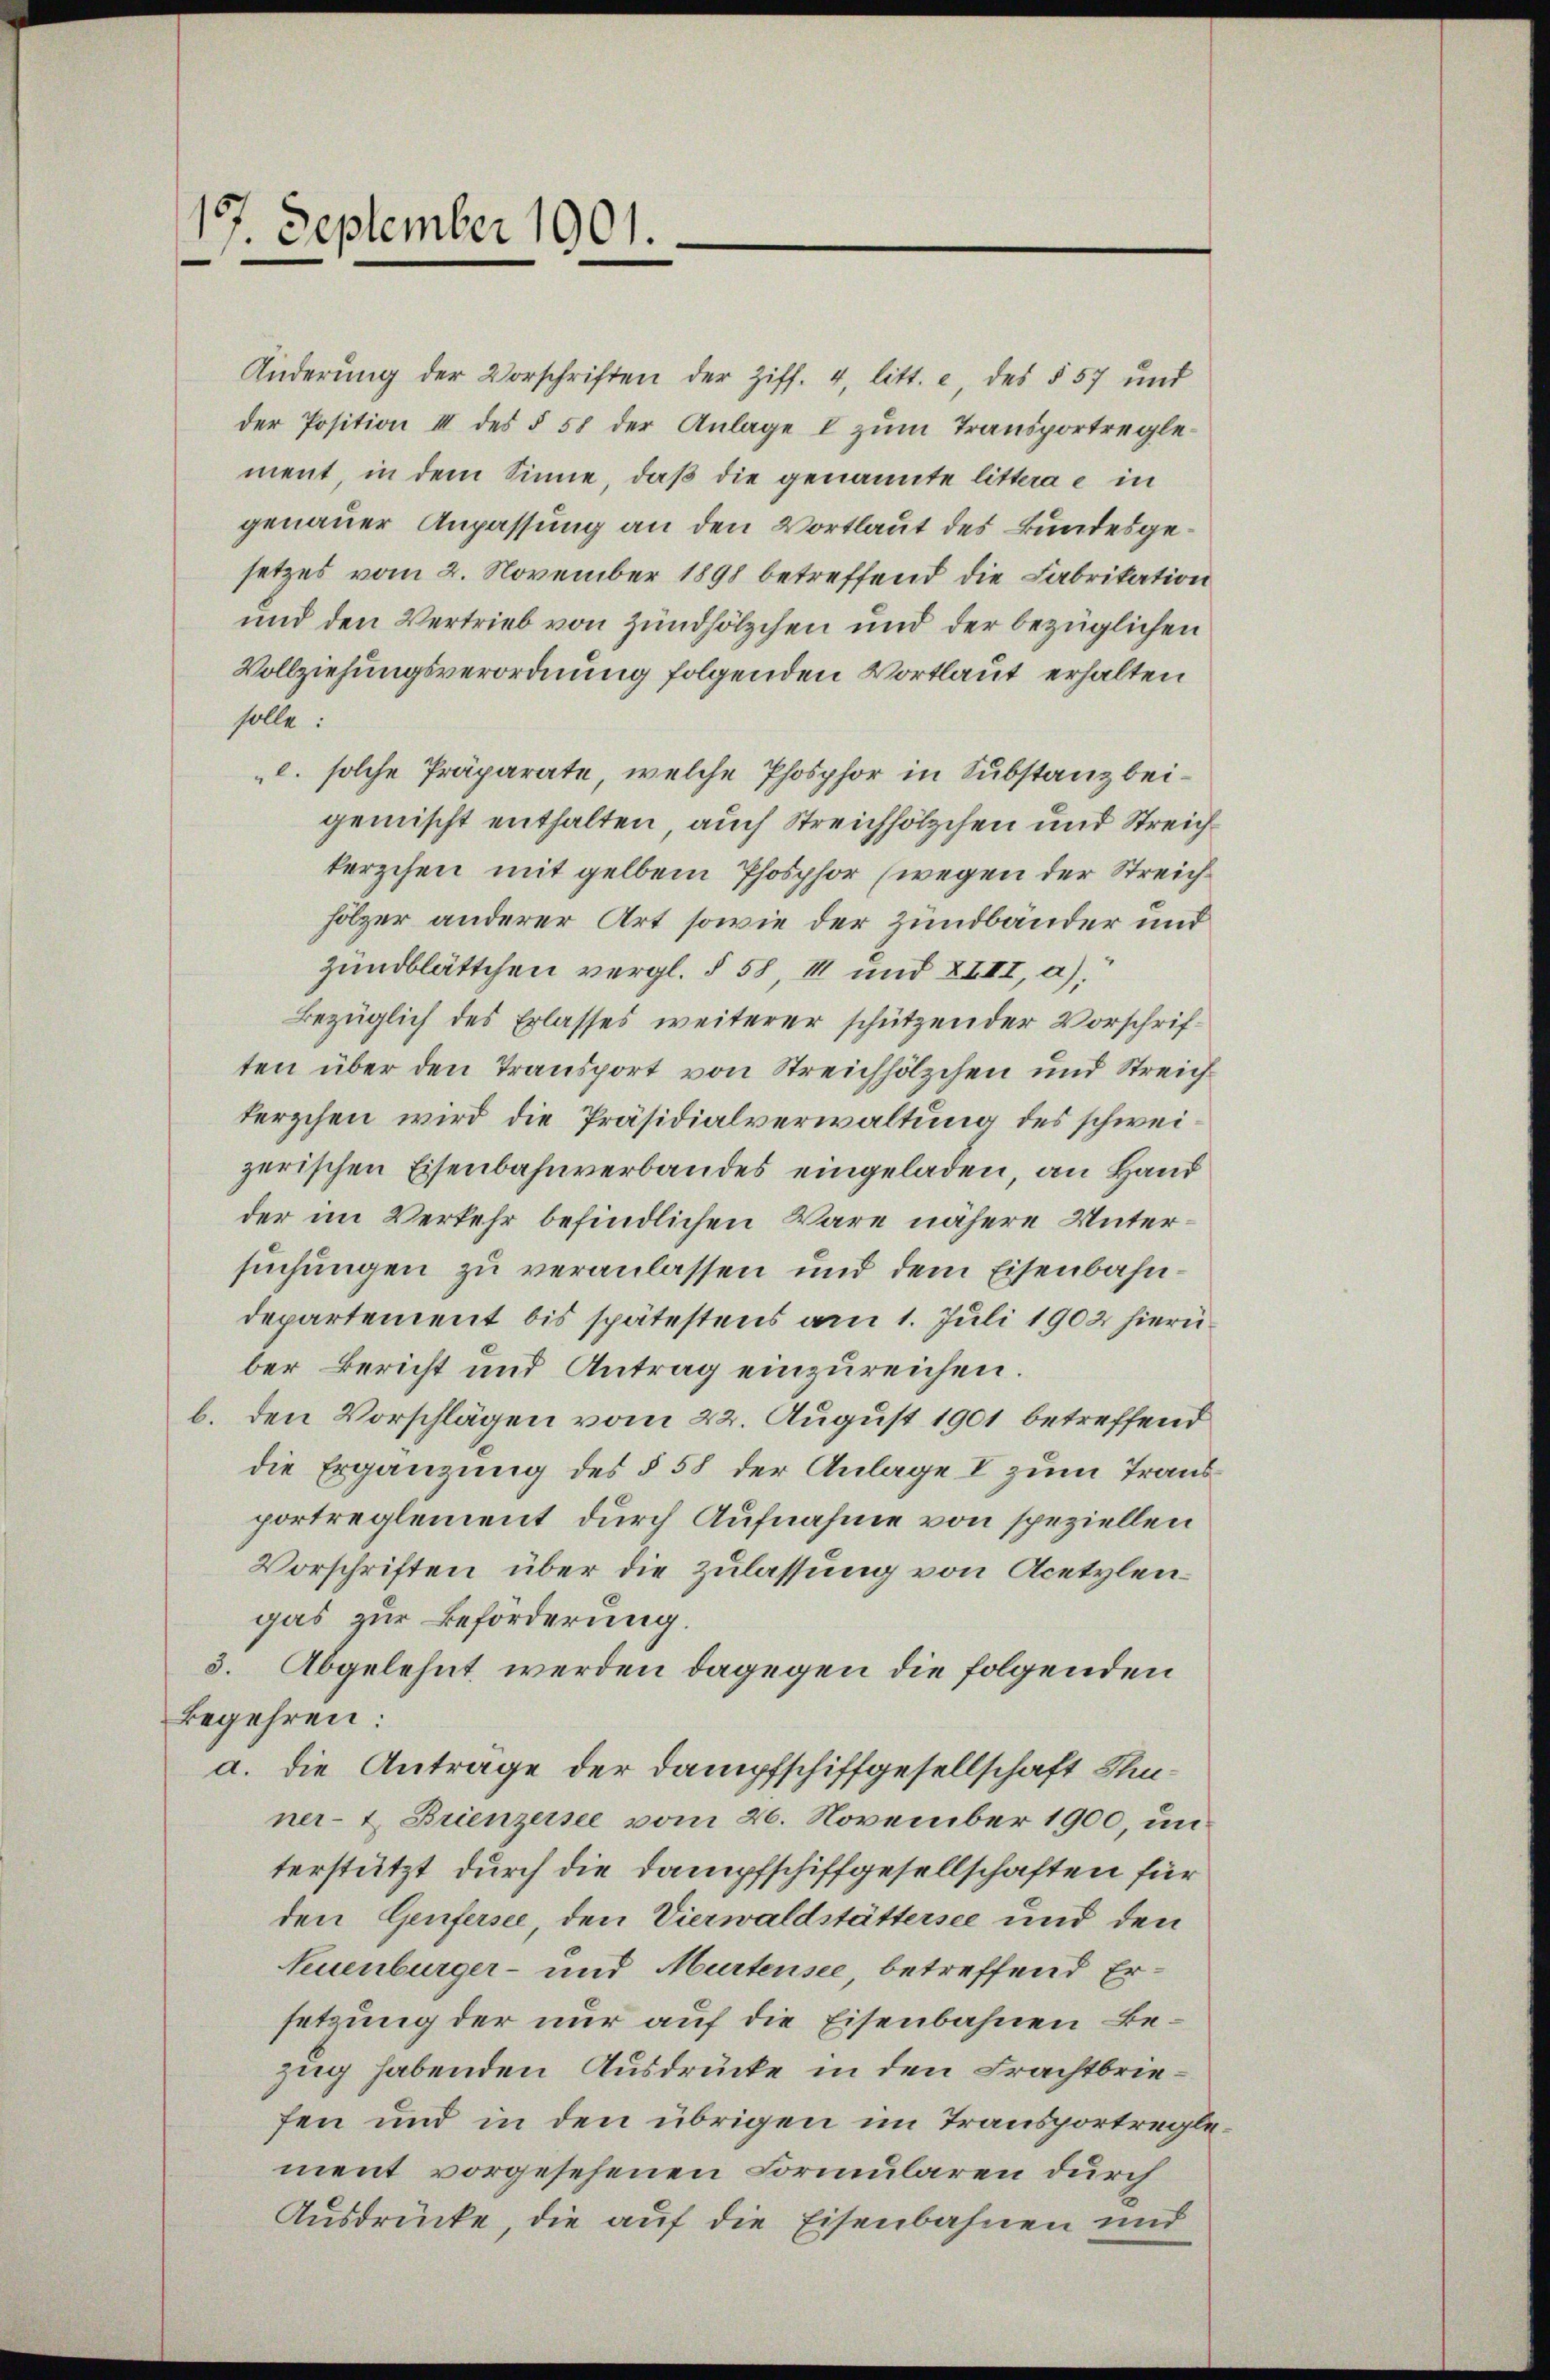
197. September 1901.

Änderŭng der Vorschriften der Ziff. 4, litt. e, des § 57 und
der Position III des § 58 der Anlage I zum Transportregle
ment, in dem Sinne, daß die genannte litterae in
genauer Anpassung an den Vortlaut des Bundesgesetzes vom 2. November 1898 betreffend die Fabrikation
und den Vertrieb von Zündhölzchen und der bezüglichen
Vollziehungsverordnung folgenden Wortlaut erhalten
solle:
l. solche Präparate, welche Phosphor in Substanz beigemischt enthalten, auch Streichhölzchen und Streichkerzchen mit gelben Phosphor (wegen der Streichhölzer anderer Art sowie der Zundbänder und
zundblättchen vergl. § 58, III und XIII, a).
Bezüglich des Erlasses weiterer schützender Vorschriften über den Transport von Streichhölzchen und Streichferschen wird die Präsidialverwaltung des schweizerischen Eisenbahnverbandes eingeladen, an Hand
der im Verkehr befindlichen Wäre nähere Untersuchungen zu veranlassen und dem Eisenbahndepartement bis spätestens am 1. Juli 1902 hierüber Bericht und Antrag einzureichen.
b. den Vorschlägen vom 22. August 1901 betreffend
die Ergänzung des § 58 der Anlage I zum Transportreglement durch Aufnahme von speziellen
Vorschriften über die Zulassung von Acetylengas zur Beförderung.
3. Abgelehnt werden dagegen die folgenden
Begehren:
a. die Antrage der Dampfschiffgesellschaft Stuner- u. Brienzersee vom 26. November 1900, un
terstützt durch die Dampfschiffgesellschaften für
den Genfersee, den Vierwaldstättersee und den
Neuenburger- und Murtensee, betreffend Ersetzung der nur auf die Eisenbahnen Bezug habenden Ausdrücke in den Frachtbriefen und in den übrigen im Transportreglement vorgesehenen Formularen durch
Ausdrücke, die auf die Eisenbahnen und